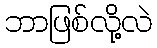
ဘာဖြစ်လို့လဲ